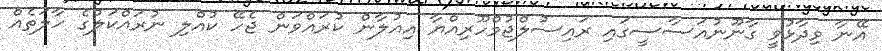
އޭނާ ވިދާޅުވީ ގާނޫނުއަސާސީގައި ރައިސުލްޖުމްހޫރިއްޔާ އިއުލާން ކުރައްވަން ޖެހޭ ކުއްލި ނުރައްކަލުގެ ހާލަތެއް